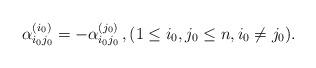
LaTeX: \begin{align*} \alpha_{i_0j_0}^{(i_0)} = -\alpha_{i_0j_0}^{(j_0)}\,,(1\leq i_0,j_0 \leq n, i_0\ne j_0).\end{align*}